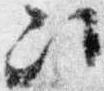
次